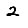
Digit: 2